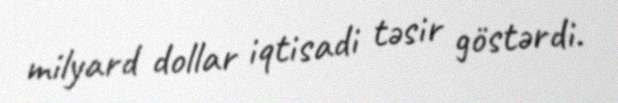
milyard dollar iqtisadi təsir göstərdi.